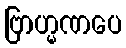
ဗြာဟ္မဏပေ